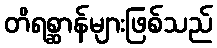
တိရစ္ဆာန်များဖြစ်သည်